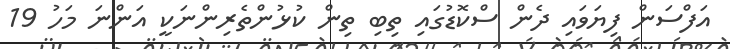
އަފްސަން ފިޔަވައި ދެން ސްކޮޑުގައި ތިބި ތިން ކުޅުންތެރިންނަކީ އަންނަ މަހު 19